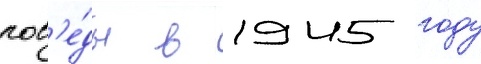
поб'е́ды в 1945 году